Vaccination in Bombay 1863-1868 - 1863-1868
Year: 1863
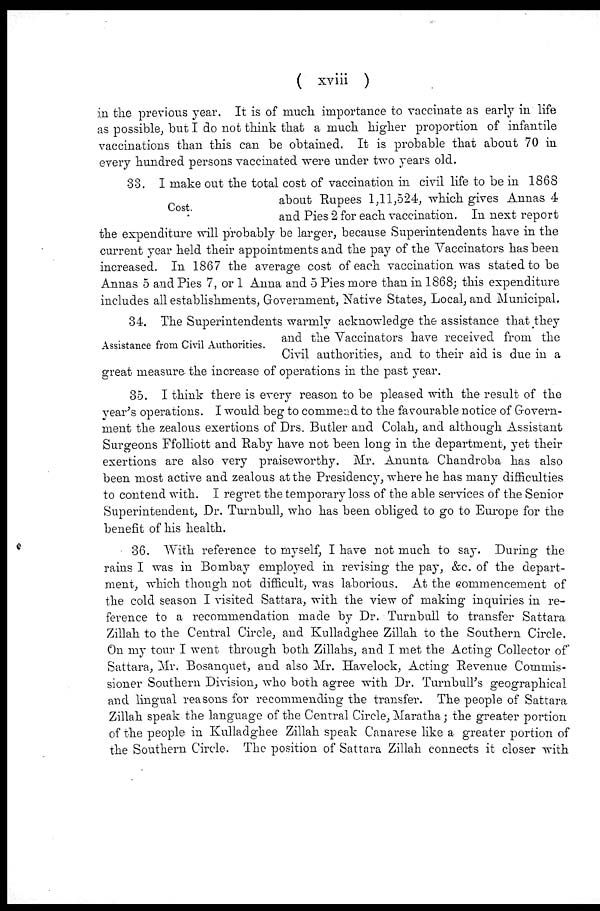
( xviii )
in the previous year. It is of much importance to vaccinate as early in life
as possible, but I do not think that a much higher proportion of infantile
vaccinations than this can be obtained. It is probable that about 70 in
every hundred persons vaccinated were under two years old.
Cost.
33. I make out the total cost of vaccination in civil life to be in 1868
about Rupees 1,11,524, which gives Annas 4
and Pies 2 for each vaccination. In next report
the expenditure will probably be larger, because Superintendents have in the
current year held their appointments and the pay of the Vaccinators has been
increased. In 1867 the average cost of each vaccination was stated to be
Annas 5 and Pies 7, or 1 Anna and 5 Pies more than in 1868; this expenditure
includes all establishments, Government, Native States, Local, and Municipal.
Assistance from Civil Authorities.
34. The Superintendents warmly acknowledge the assistance that they
and the Vaccinators have received from the
Civil authorities, and to their aid is due in a
great measure the increase of operations in the past year.
35. I think there is every reason to be pleased with the result of the
year's operations. I would beg to commend to the favourable notice of Govern-
ment the zealous exertions of Drs. Butler and Colah, and although Assistant
Surgeons Ffolliott and Raby have not been long in the department, yet their
exertions are also very praiseworthy. Mr. Anunta Chandroba has also
been most active and zealous at the Presidency, where he has many difficulties
to contend with. I regret the temporary loss of the able services of the Senior
Superintendent, Dr. Turnbull, who has been obliged to go to Europe for the
benefit of his health.
36. With reference to myself, I have not much to say. During the
rains I was in Bombay employed in revising the pay, &c. of the depart-
ment, which though not difficult, was laborious. At the commencement of
the cold season I visited Sattara, with the view of making inquiries in re-
ference to a recommendation made by Dr. Turnbull to transfer Sattara
Zillah to the Central Circle, and Kulladghee Zillah to the Southern Circle.
On my tour I went through both Zillahs, and I met the Acting Collector of
Sattara, Mr. Bosanquet, and also Mr. Havelock, Acting Revenue Commis-
sioner Southern Division, who both agree with Dr. Turnbull's geographical
and lingual reasons for recommending the transfer. The people of Sattara
Zillah speak the language of the Central Circle, Maratha; the greater portion
of the people in Kulladghee Zillah speak Canarese like a greater portion of
the Southern Circle. The position of Sattara Zillah connects it closer with